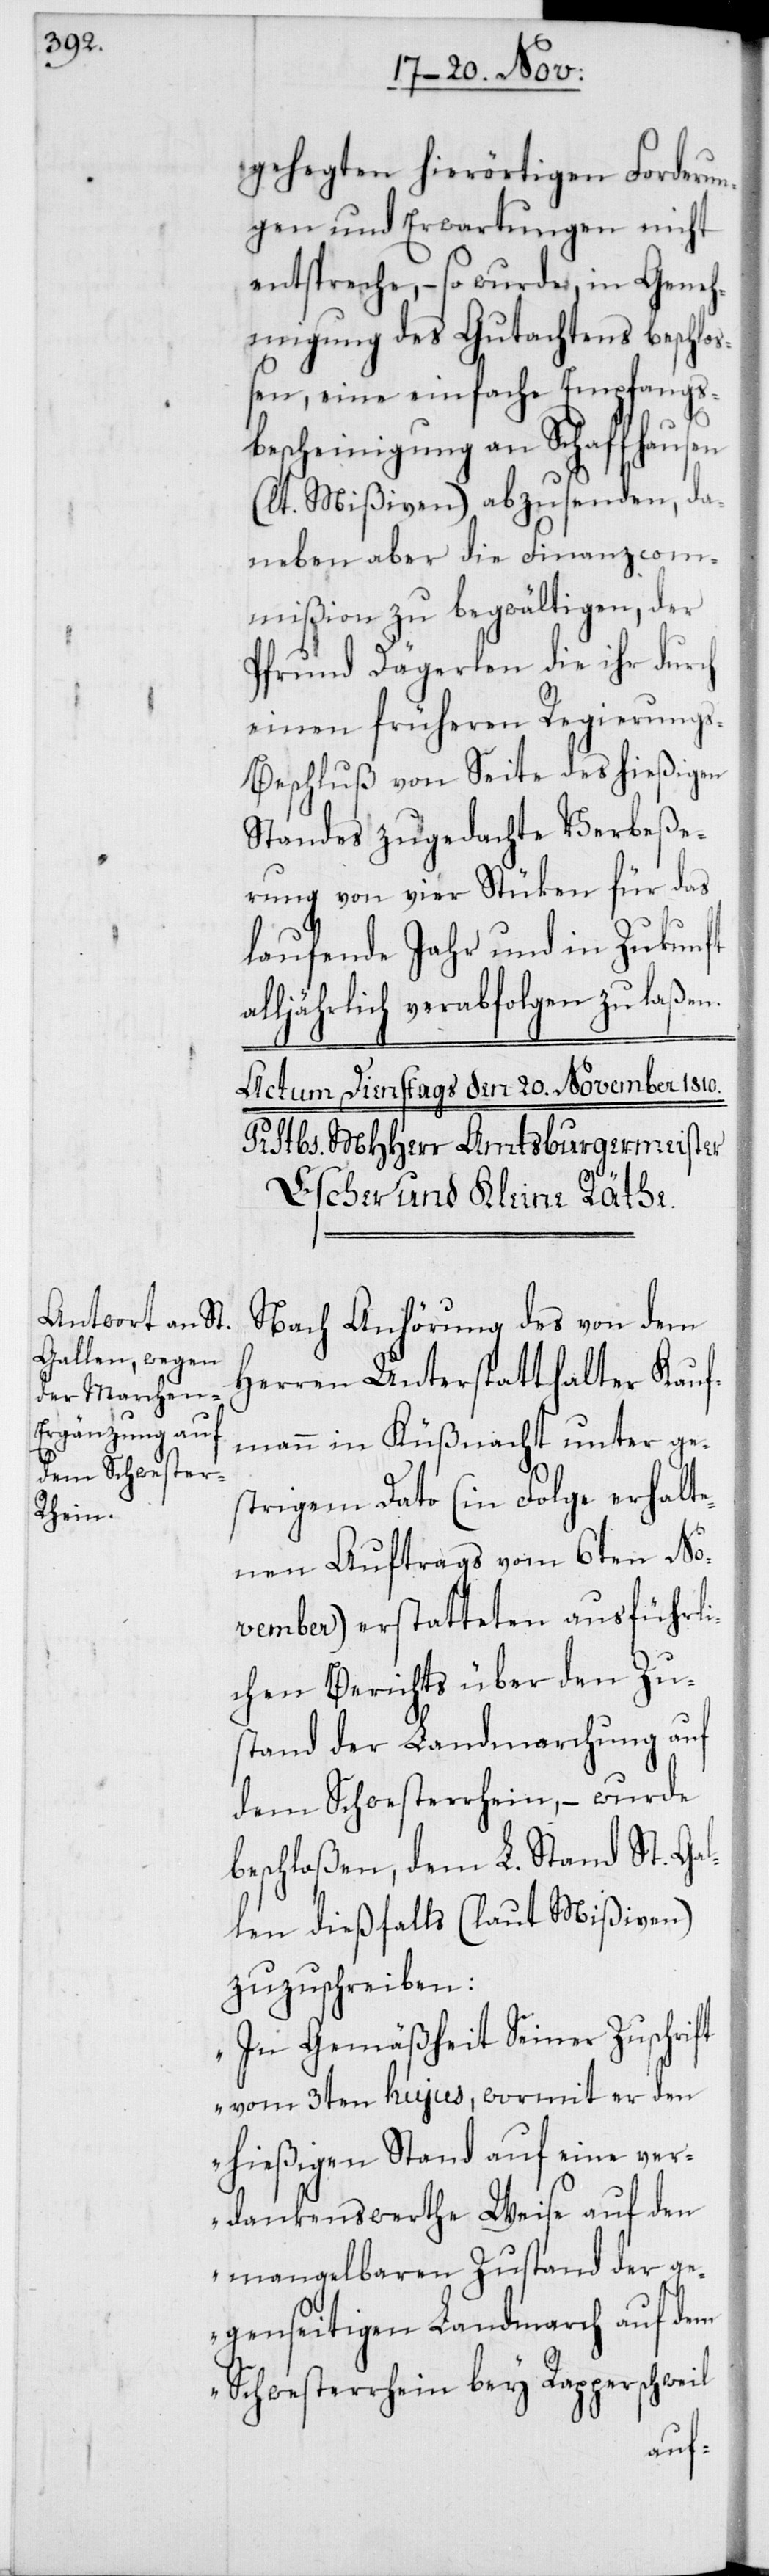
gehegten hierörtigen Forderun¬
gen und Erwartungen nicht
entspreche, – so wurde, in Geneh¬
migung des Gutachtens beschlo¬
ßen, eine einfache Empfangs¬
bescheinigung an Schaffhausen
(lt. Mißiven) abzusenden, da¬
neben aber die Finanzcom¬
mißion zu begwältigen, der
Pfrund Dägerlen die ihr durch
einen früheren Regierung¬
s-Beschluß von Seite des hießigen
Standes zugedachte Verbeße¬
rung von vier Stüken für das
laufende Jahr und in Zukunft
ljährlich verabfolgen zu laßen.
Nach Anhörung des von dem
Herren Unterstatthalter Kauf¬
mann in Küßnacht unter ge¬
strigem Dato (in Folge erhalte¬
nen Auftrags vom 6ten No¬
vember) erstatteten ausführli¬
chen Berichts über den Zu¬
stand der Landmarchung auf
dem Schwesterrhein, – wurde
beschloßen, dem L. Stand St. Gal¬
len dießfalls (laut Mißiven)
zuzuschreiben:
„In Gemäßheit Seiner Zuschrift
vom 3ten hujus, wormit er den
hießigen Stand auf eine ver¬
dankenswerthe Weise auf den
mangelbaren Zustand der ge¬
genseitigen Landmarch auf dem
Schwesterrhein bey Rapperschweil
al¬